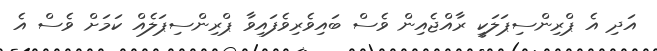
އަދި އެ ޕްރިންސިޕަލަކީ ރާއްޖެއިން ވެސް ބައިވެރިވެފައިވާ ޕްރިންސިޕަލެއް ކަމަށް ވެސް އެ